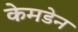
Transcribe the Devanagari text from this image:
केमडेन